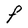
Character: F